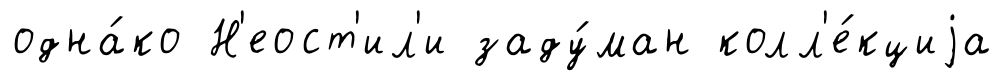
одна́ко Н'еост'ил'и заду́ман колл'е́кциjа